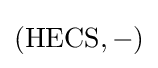
({\text{HECS}},-)